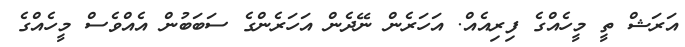
އަރަޝް ތީ މީހެއްގެ ފިރިއެއް. އަހަރެން ނޭދެން އަހަރެންގެ ސަބަބުން އެއްވެސް މީހެއްގެ